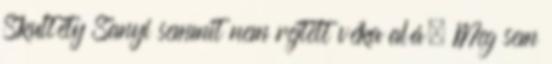
Skultéty Sanyi semmit nem rejtett véka alá. Meg sem